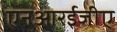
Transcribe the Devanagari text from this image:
एनआरईजीए